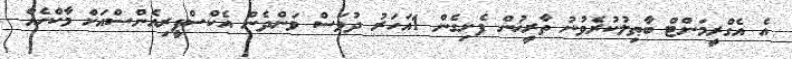
އެ އެގްރީމަންޓް ބާޠިލުކުރެވުނު ތާރީޚުން ފެށިގެން 1އަހަރު ދުވަސް ވަންދެން އެކްސްޕީރިއެންސްއަށް މާކްހެއް